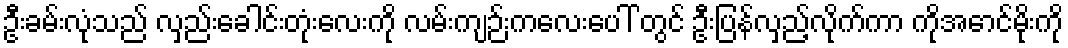
ဦးခမ်းလုံသည် လှည်းခေါင်းတုံးလေးကို လမ်းကျဉ်းကလေးပေါ် တွင် ဦးပြန်လှည့်လိုက်ကာ ကိုအောင်မိုးကို